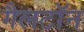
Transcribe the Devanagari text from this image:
गैलटॉन